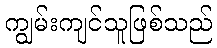
ကျွမ်းကျင်သူဖြစ်သည်